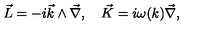
\vec { L } = - i \vec { k } \wedge \vec { \nabla } , \quad \vec { K } = i \omega ( k ) \vec { \nabla } ,